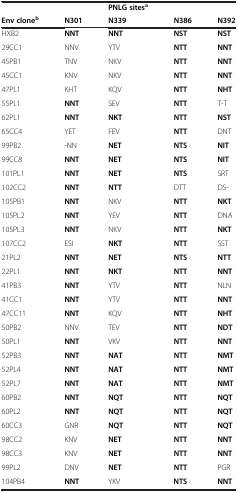
|  |  | PNLG sitesa |  |  |
 | Env cloneb | N301 | N339 | N386 | N392 |
 | --- | --- | --- | --- | --- |
 | HXB2 | NNT | NNT | NST | NST |
 | 29CC1 | NNV | YTV | NTT | NNT |
 | 45PB1 | TNV | NKV | NTT | NNT |
 | 45CC1 | KNV | NKV | NTT | NNT |
 | 47PL1 | KHT | KQV | NTT | NHT |
 | 55PL1 | NNT | SEV | NTT | T-T |
 | 62PL1 | NNT | NKT | NTT | NST |
 | 65CC4 | YET | FEV | NTT | DNT |
 | 99PB2 | -NN | NET | NTS | NIT |
 | 99CC8 | NNT | NET | NTS | NIT |
 | 101PL1 | NNT | NET | NTS | SRT |
 | 102CC2 | NNT | NTT | DTT | DS- |
 | 105PB1 | NNT | NKV | NTT | NKT |
 | 105PL2 | NNT | YEV | NTT | DNA |
 | 105PL3 | NNT | NKV | NTT | NKT |
 | 107CC2 | ESI | NKT | NTT | SST |
 | 21PL2 | NNT | NET | NTS | NTT |
 | 22PL1 | NNT | NKT | NTT | NNT |
 | 41PB3 | NNT | YTV | NTT | NLN |
 | 41CC1 | NNT | YTV | NTT | NNT |
 | 47CC11 | NNT | KQV | NTT | NHT |
 | 50PB2 | NNV | TEV | NTT | NDT |
 | 50PL1 | NNT | VKV | NTT | NNT |
 | 52PB3 | NNT | NAT | NTT | NMT |
 | 52PL4 | NNT | NAT | NTT | NMT |
 | 52PL7 | NNT | NAT | NTT | NMT |
 | 60PB2 | NNT | NQT | NTT | NQT |
 | 60PL2 | NNT | NQT | NTT | NQT |
 | 60CC3 | GNR | NQT | NTT | NQT |
 | 98CC2 | KNV | NET | NTT | NNT |
 | 98CC3 | KNV | NET | NTT | NNT |
 | 99PL2 | DNV | NET | NTT | PGR |
 | 104PB4 | NNT | YKV | NTS | NNT |